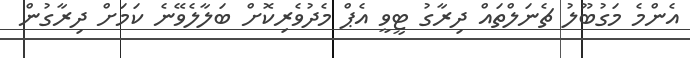
އެންމެ މަގުބޫލު ޗެނަލްތައް ދިރާގު ޓީވީ އެޕް މެދުވެރިކޮށް ބަލާލެވޭނެ ކަމަށް ދިރާގުން